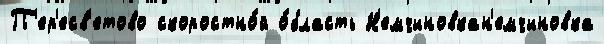
П'ер'есв'етово скоростно́й о́бласть Н'емчиновкан'емчиновка